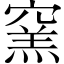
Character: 窯